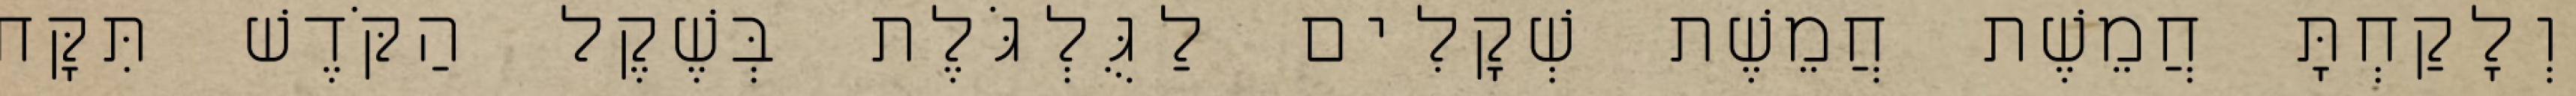
וְלָקַחְתָּ חֲמֵשֶׁת חֲמֵשֶׁת שְׁקָלִים לַגֻּלְגֹּלֶת בְּשֶׁקֶל הַקֹּדֶשׁ תִּקָּח